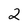
Character: 2